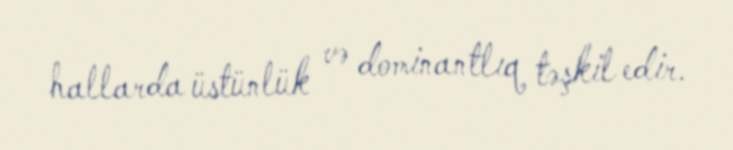
hallarda üstünlük və dominantlıq təşkil edir.